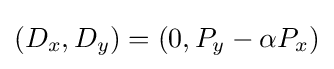
(D_{x},D_{y})=(0,P_{y}-\alpha P_{x})